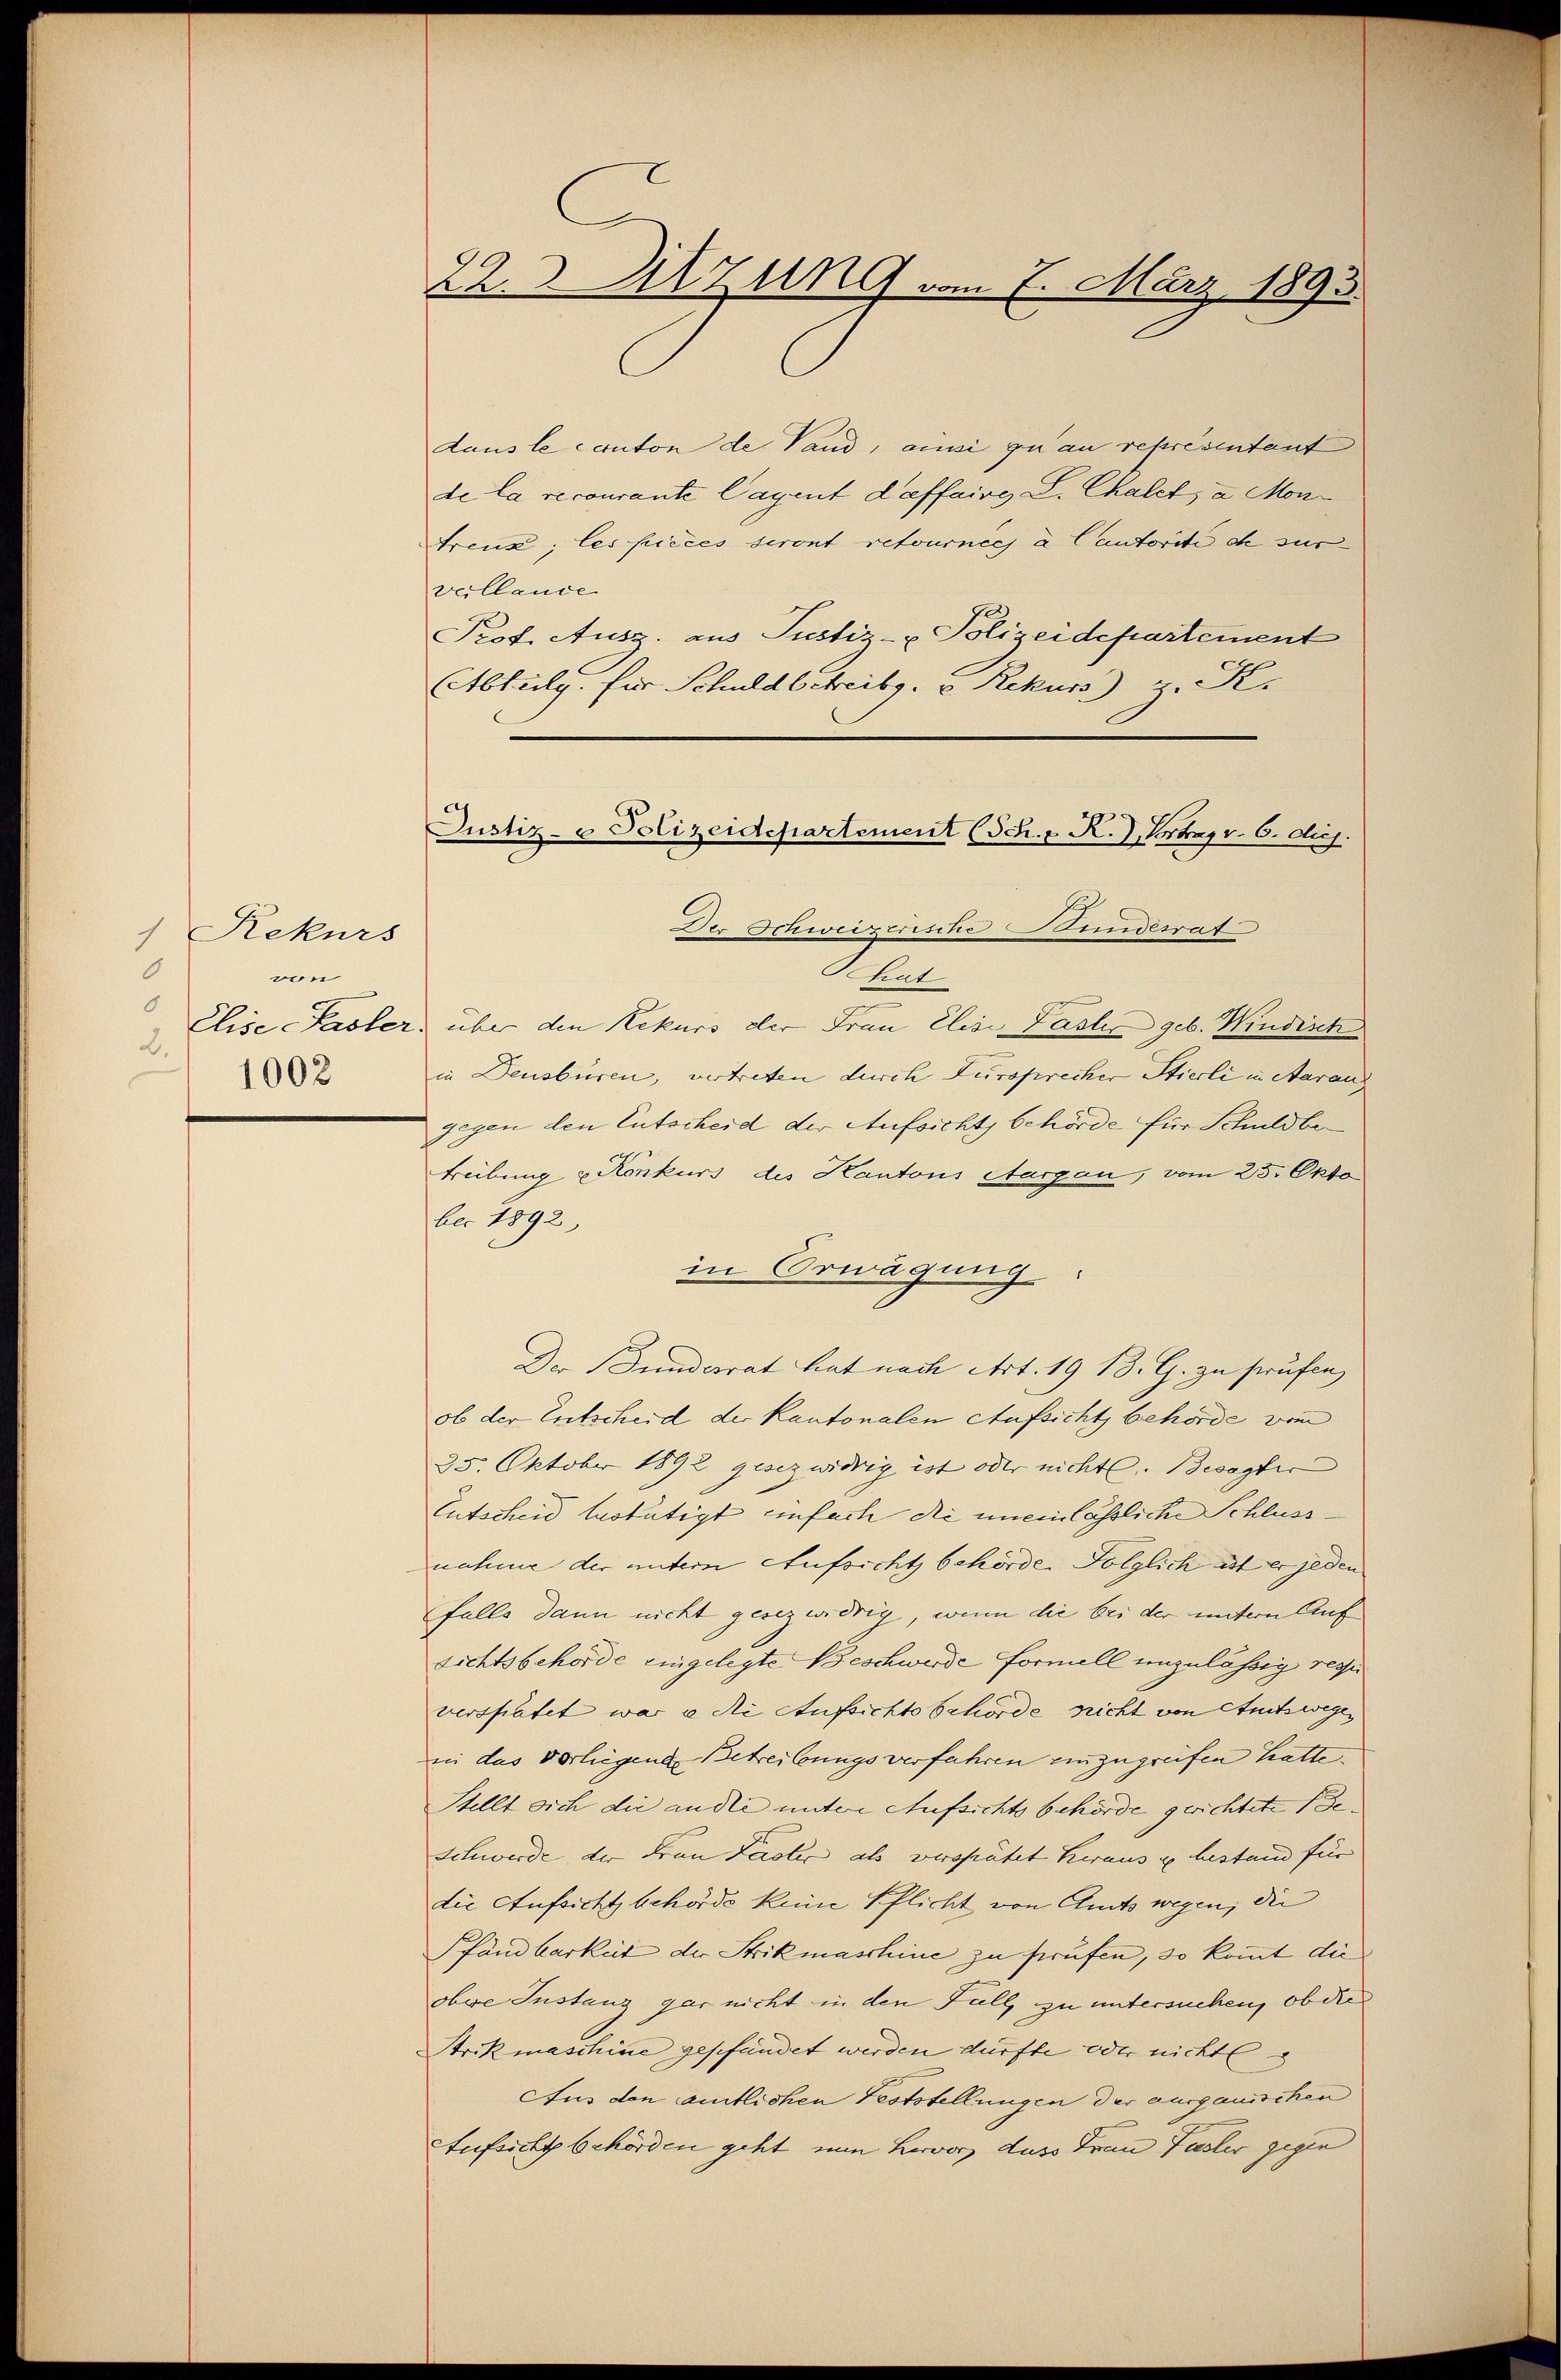
1 Rekurs
6
von
2.
1002

22. Sitzung vom 7. März 1893.

Justiz- & Polizeidepartement (Sch. E. R., Vortrag v. 6. diej.

daus le canton de Vand, ainsi qui au représentant
de la recourante Cagent daffairg L. Chalet, a. Montreux, les pièces seront retourneej à Cautorite ch sur
veillande
Prot. Ausz. aus Justiz- & Polizeidepartement
Abtulg. für Schuld betreibg. v. Rekurs) z. K.
Der Schweizerische Bundesrat
chat
Elise-Pasler, über den Rekurs der Frau Elise Pasler geb. Windisch
in Deusbüren, vertreten durch Zursprecher Stierli in Aarau
gegen den Entscheid der Aufsichts behörde für Schuldbe¬
Freibung u Konkurs des Kantons Aargau, vom 25. Okto
ber 1892,
in Erwägung.
Der Bunderrat hat nach Art. 1913. G. zu prüfen
ob der Entscheid der Kantonalen Aufsicht behörde vom
25. Oktober 1892 gesezwidrig ist oder nichtl. Besagter
Entscheid bestätigt einfach die uneinlässliche Schlussnahme der untern Aufsicht behörde. Folglich ist er jeden
falls dann nicht gesezwidrig, wenn die bei der untern Auf
sichtsbehörde eingelegte Beschwerde formall unzulässig resse
verspätet war e die Aufsichte Behörde nicht von Stuckwegen
inn das vorliegende Betreibungsverfahren einzugreifen hatte.
Stellt sich die ande untere Aufsichtsbehörde gerichtete de
Schwerde der Frau Paster als verspätet heraus u. bestand für
die Aufsicht behörde keine Pflicht von Amts wegen, die
Pfandbarkeit der Strikmaschine zu sprufen, so kommt die
obere Instanz gar nicht in den Fall, zu untersuchen, ob die
Strikmaschine geschändet werden dürfte, oder nicht
Aus den amtlichen Feststellungen der ausganischen
Aufsicht behörden geht nun hervor, dass Frau Faster gegen